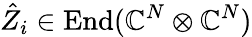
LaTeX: \hat{Z}_{i}\in\operatorname{End}(\mathbb{C}^{N}\otimes\mathbb{C}^{N})